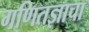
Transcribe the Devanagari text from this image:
गणितज्ञाचा